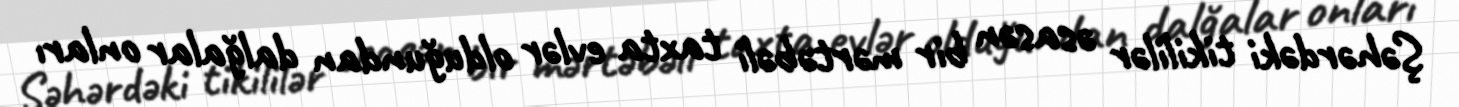
Şəhərdəki tikililər əsasən bir mərtəbəli taxta evlər olduğundan dalğalar onları